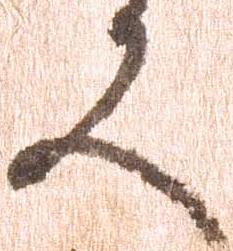
又